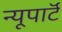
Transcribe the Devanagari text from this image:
न्यूपाॅर्ट